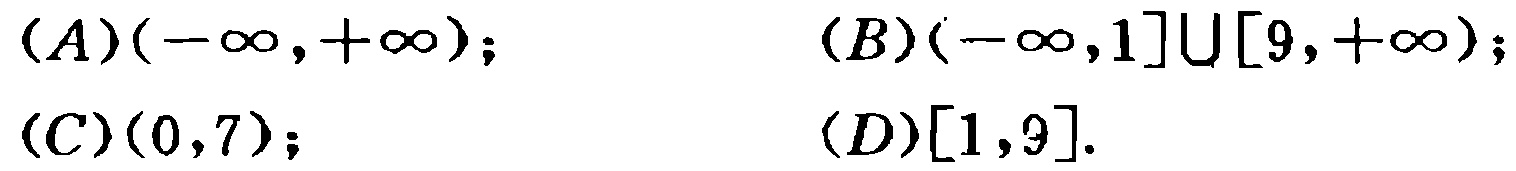
$(A)(-\infty,+\infty);$
$(B)(-\infty,1]\cup[9,+\infty);$
$(C)(0,7);$
$(D)[1,9].$